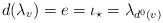
\begin{align*}d(\lambda_v) = e = \iota_{\star} = \lambda_{d^0(v)} \end{align*}